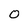
Character: o